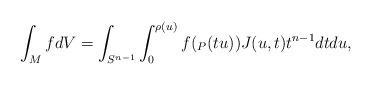
LaTeX: \begin{align*}\int_M f dV =\int_{S^{n-1}} \int_0^{\rho(u)}f(_P(tu)) J(u,t) t^{n-1} dt du, \end{align*}